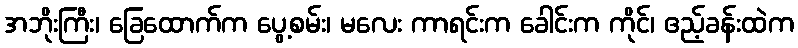
အဘိုးကြီး၊ ခြေထောက်က ပွေ့စမ်း၊ မလေး ကာရင်းက ခေါင်းက ကိုင်၊ ဧည့်ခန်းထဲက